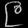
Digit: ၉